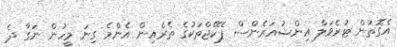
އެގޮތުން ޓުރެވަލް އިންޝުއަރެންސް ޕެކޭޖްތަކުގެ ތެރެއިން އެންމެ ގިނަ މީހުން ނަގާ ދެ